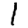
Digit: 1